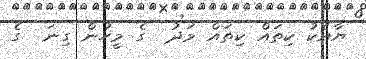
ޔާއެކު ކިތައް ކިތައް މަދު  ގެ މީހުން ގިނަ  ގެ